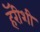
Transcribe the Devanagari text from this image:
हॅरीशी